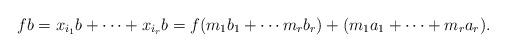
LaTeX: \begin{align*}fb = x_{i_1}b+\cdots + x_{i_r}b = f(m_1b_1+\cdots m_rb_r)+(m_1a_1+\cdots +m_ra_r).\end{align*}